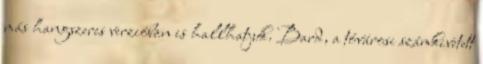
más hangszeres verzióban is hallhatjuk. Bard, a tóvárosi számkivetett